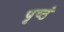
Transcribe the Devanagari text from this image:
पृष्ठं